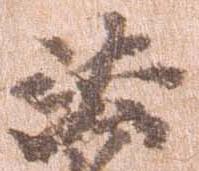
法